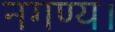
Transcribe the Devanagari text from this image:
नगण्य।